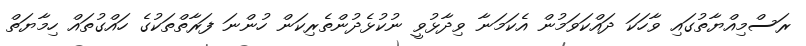
ރަސްމިއްޔާތުގައި ވާހަކަ ދައްކަވަމުން އެކަމަނާ ވިދާޅުވީ ނުކުޅެދުންތެރިކަން ހުންނަ ފަރާތްތަކުގެ ހައްގުތައް ހިމާޔަތް